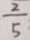
\frac { 2 } { 5 }